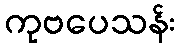
ကုဗပေသန်း